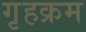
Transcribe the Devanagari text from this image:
गृहक्रम